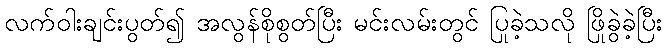
လက်ဝါးချင်းပွတ်၍ အလွန်စိုစွတ်ပြီး မင်းလမ်းတွင် ပြုခဲ့သလို ဖြိုခွဲခဲ့ပြီး